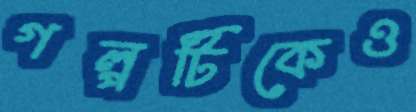
গল্পটিকেও